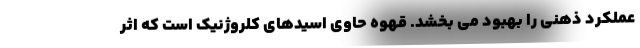
عملکرد ذهنی را بهبود می بخشد. قهوه حاوی اسیدهای کلروژنیک است که اثر